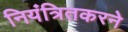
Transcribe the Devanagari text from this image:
नियंत्रितकरने